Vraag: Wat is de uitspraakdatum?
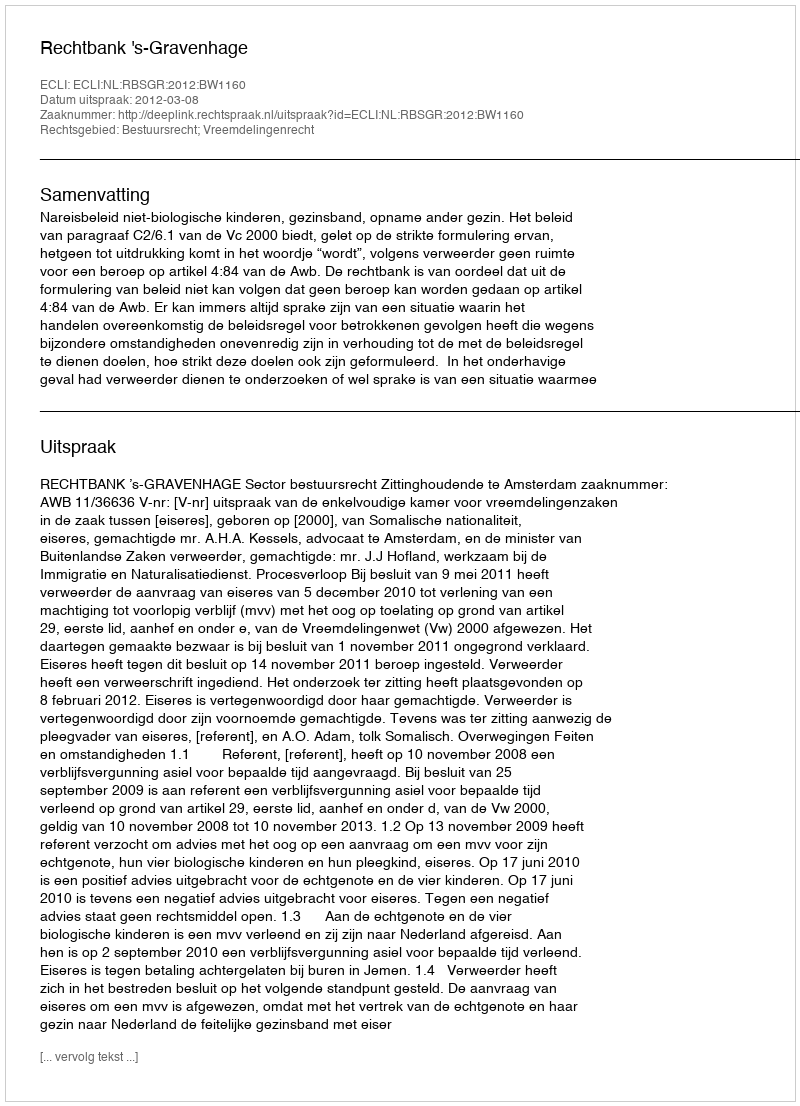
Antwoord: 2012-03-08